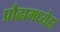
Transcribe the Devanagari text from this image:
प्रौढामध्येहा